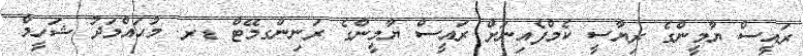
ރައީސް ޔާމީންގެ ރިޔާސީ ކެމްފެއިނަށް ރައީސް ޔާމީންގެ ރަނިންގމޭޓް ޑރ. މުޙައްމަދު ޝަހީމް